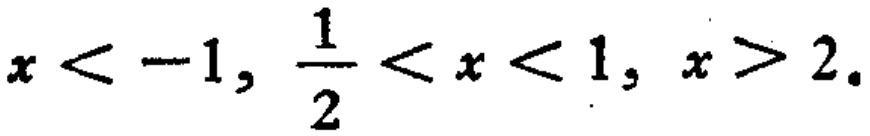
$x < -1,\ \frac{1}{2} < x < 1,\ x > 2.$